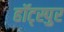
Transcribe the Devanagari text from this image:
हॉट्स्पुर